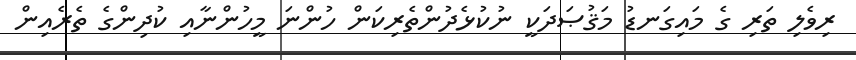
ރިވެލި ތަރި ގެ މައިގަނޑު މަޤުޞަދަކީ ނުކުޅެދުންތެރިކަން ހުންނަ މީހުންނާއި ކުދިންގެ ތެރެއިން